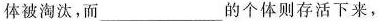
体被淘汰，而_________的个体则存货活下来，